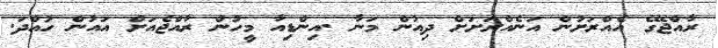
ރާއްޖޭގެ އެއްރަށުން އަނެއްރަށަށް ދިއުން މަނާ .އިންޑިއާ މީހުން ރާއްޖެއަށް އައުން ހުއްދަ.